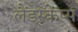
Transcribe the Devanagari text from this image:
लैंडस्केप्स